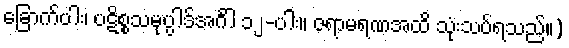
ခြောက်ပါး၊ ပဋိစ္စသမုပ္ပါဒ်အင်္ဂါ ၁၂-ပါး။ ဇရာမရဏအထိ သုံးသပ်ရသည်။)